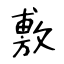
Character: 敷